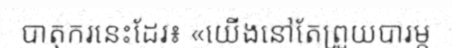
បាតុករនេះដែរ៖ «យើងនៅតែព្រួយបារម្ភ